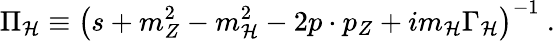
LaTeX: \Pi_{\cal H}\equiv\left(s+m_{Z}^{2}-m_{\cal H}^{2}-2p\cdot p_{Z}+im_{\cal H}\Gamma_{\cal H}\right)^{-1}~.